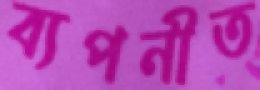
ব্যপনীত